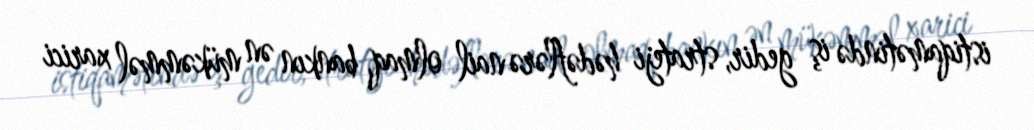
istiqamətində iş gedir, strateji hədəflərə nail olmaq, bankın ən mükəmməl xarici